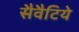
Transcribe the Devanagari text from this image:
सैवैटिये